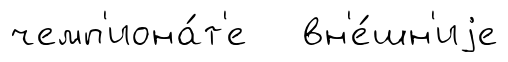
чемп'иона́т'е вн'е́шн'иjе